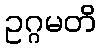
ဥဂ္ဂမတိ